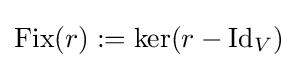
\operatorname {Fix} (r):=\operatorname {ker} (r-\operatorname {Id} _{V})